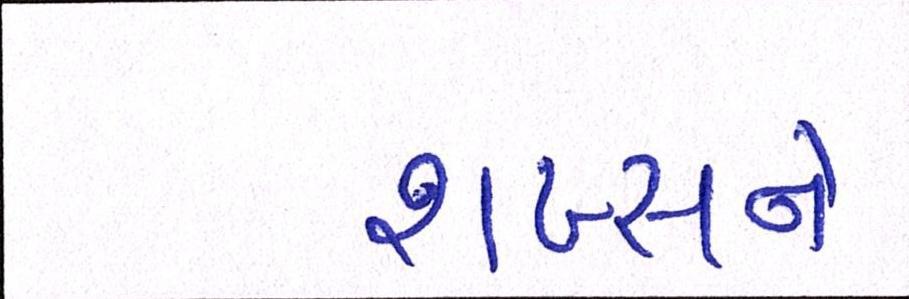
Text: શખ્સને